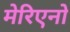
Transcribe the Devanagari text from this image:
मेरिएनो